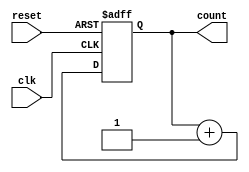
module async_reset_sync_counter (
    input wire clk,               // Clock input
    input wire reset,             // Asynchronous reset input
    output reg [3:0] count        // 4-bit counter output
);

// Asynchronous reset behavior
always @(posedge clk or posedge reset) begin
    if (reset) begin
        count <= 4'b0000;         // Reset counter to 0
    end else begin
        count <= count + 1;       // Increment counter
    end
end

endmodule